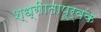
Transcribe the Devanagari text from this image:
श्ध्रीातापूर्वक